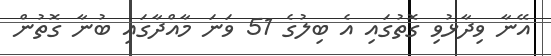
އޭނާ ވިދާޅުވި ގޮތުގައި އެ ބިލުގެ 51 ވަނަ މާއްދާގައި ބުނާ ގޮތުން